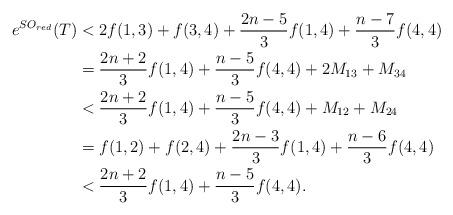
LaTeX: \begin{align*}e^{SO_{red}}(T)&<2f(1,3)+f(3,4)+\frac{2n-5}{3}f(1,4)+\frac{n-7}{3}f(4,4)\\&=\frac{2n+2}{3}f(1,4)+\frac{n-5}{3}f(4,4)+2M_{13}+M_{34}\\&<\frac{2n+2}{3}f(1,4)+\frac{n-5}{3}f(4,4)+M_{12}+M_{24}\\&=f(1,2)+f(2,4)+\frac{2n-3}{3}f(1,4)+\frac{n-6}{3}f(4,4)\\&<\frac{2n+2}{3}f(1,4)+\frac{n-5}{3}f(4,4).\end{align*}